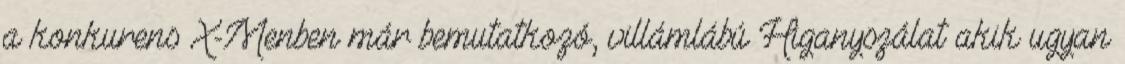
a konkurens X-Menben már bemutatkozó, villámlábú Higanyszálat akik ugyan